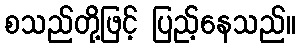
စသည်တို့ဖြင့် ပြည့်နေသည်။